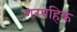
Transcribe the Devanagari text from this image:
गरपहिक